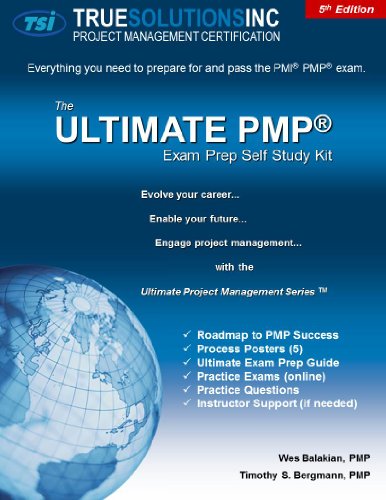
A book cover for Ultimate PMP Exam Prep Self Study Course 5th Edition; Wes Balakian; Test Preparation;